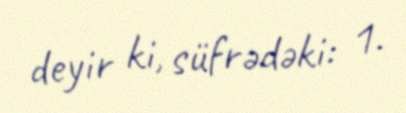
deyir ki, süfrədəki: 1.